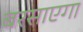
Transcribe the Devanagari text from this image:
बरसाएगा